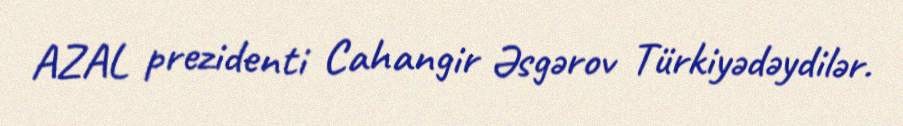
AZAL prezidenti Cahangir Əsgərov Türkiyədəydilər.